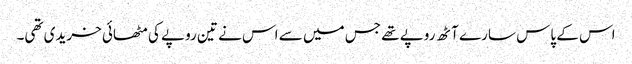
اس کے پاس سارے آٹھ روپے تھے جس میں سے اس نے تین روپے کی مٹھائی خریدی تھی۔